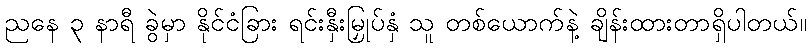
ညနေ ၃ နာရီ ခွဲမှာ နိုင်ငံခြား ရင်းနှီးမြှုပ်နှံ သူ တစ်ယောက်နဲ့ ချိန်းထားတာရှိပါတယ်။